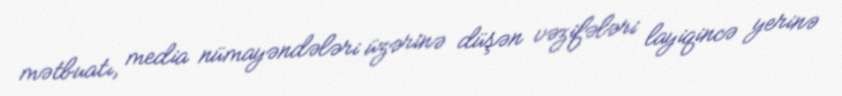
mətbuatı, media nümayəndələri üzərinə düşən vəzifələri layiqincə yerinə